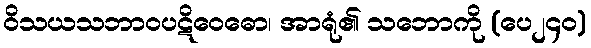
ဝိသယသဘာဝပဋိဝေဓော၊ အာရုံ၏ သဘောကို (ပေ၂၄၀)